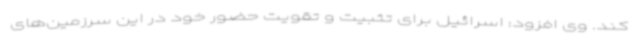
کند. وی افزود: اسرائیل برای تثبیت و تقویت حضور خود در این سرزمین‌های